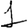
Digit: 1